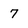
Character: 7